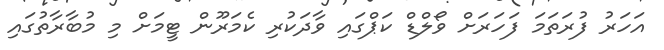
އަހަރު ފުރަތަމަ ފަހަރަށް ވޯލްޑް ކަޕްގައި ވާދަކުރި ކެމަރޫން ޓީމަށް މި މުބާރާތުގައި